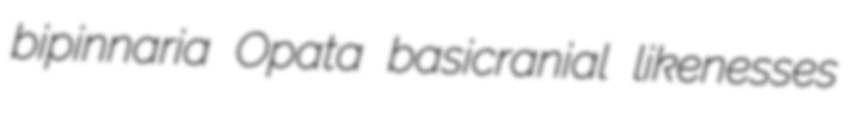
bipinnaria Opata basicranial likenesses